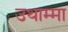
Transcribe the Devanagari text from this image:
उथाम्मा